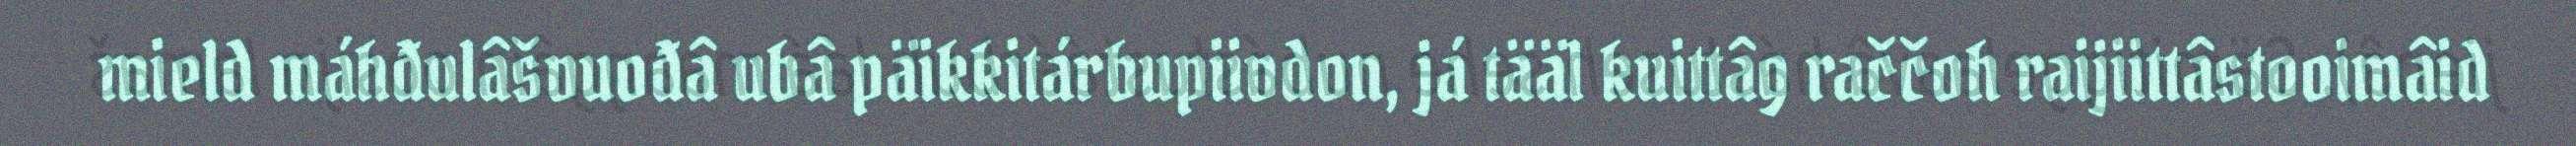
mield máhđulâšvuođâ ubâ päikkitárbupiivdon, já tääl kuittâg raččoh raijiittâstooimâid